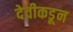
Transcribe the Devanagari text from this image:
देवीकडून